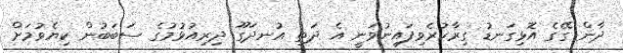
ދާން ގޭގެ އޮޅިގަނޑު ގިރާކުރެވިފައިނުވަނީ އެ ދަތި އުނދަގޫ ދިރިއުޅުމުގެ ސަބަބުން ކިޔެވުމަށް